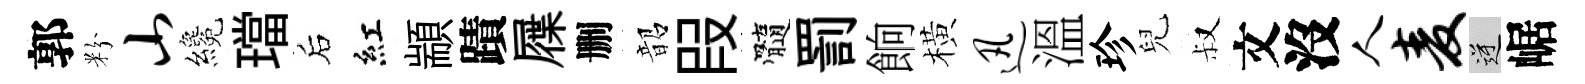
郭粉山纔璫后紅顓蹟屧删韶叚髓罰餉橫迅溫珍兒叔文沒人麦逆崌